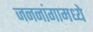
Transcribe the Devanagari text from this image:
जननांगामध्ये